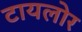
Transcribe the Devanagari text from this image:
टायलोर